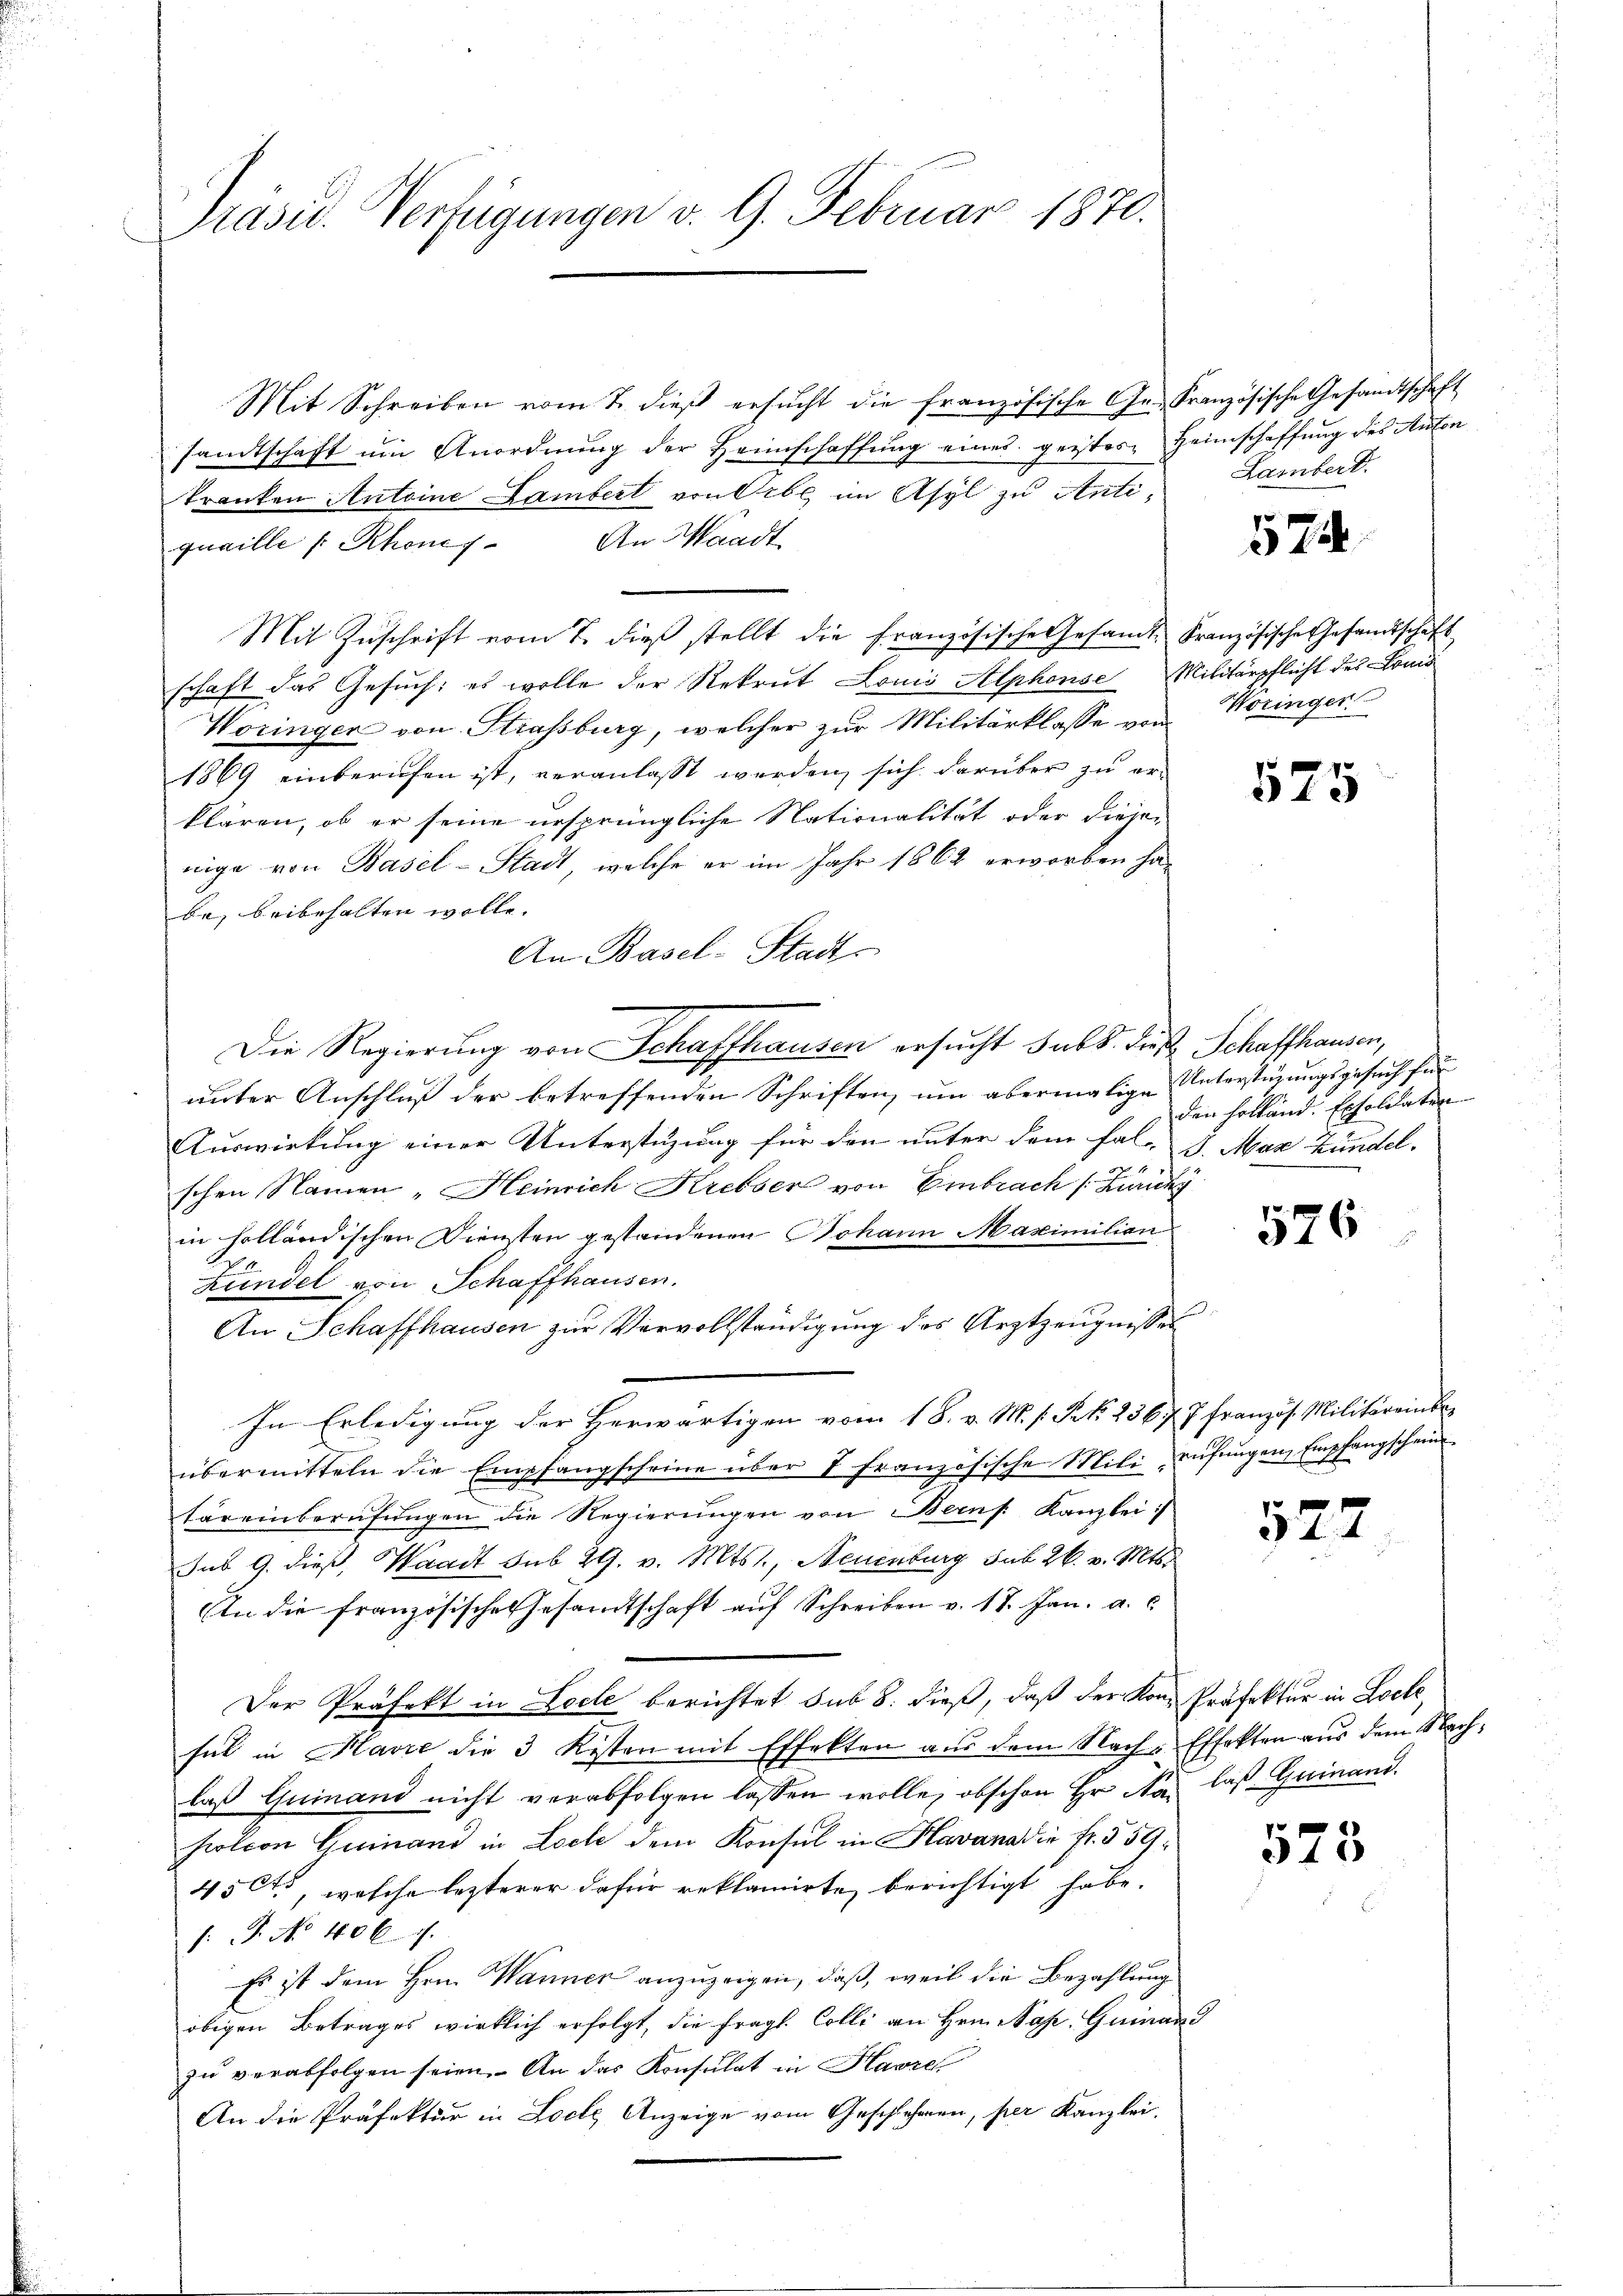
Präsid. Verfügungen v. 9. Februar 1870.

Mit Schreiben vom 7. dieβ ersŭcht die französische Ge- Französische Gesandtschaft
sandtschaft ŭm Anordnŭng der Heimschaffŭng eines geistes Heimschaffung des Anton
kranken Antoine Lambert von Orbl, im Asyl zu Anti¬
An Waadt
quaille (Rhone
Mit Zŭschrift vom 7. dieβ stellt die Französische Gesamt Französische Gesandtschaft
schaft das Gesuch: es wolle der Rekrut Louis Alphonse Militärpflicht des Lond
Woringer von Strassburg, welcher zur Militärklasse von Woringer
1869 einberufen ist, veranlasst werden, sich darüber zu erklären, ob er seine ursprüngliche Nationalität oder diese-
nige von Basel-Stadt, welche er im Jahr 1862 erworben ha-
be, beibehalten wolle.
An Basel-Stadt
unter Anschluß der betreffenden Schriften, um abermalige Unterstüzungsgesuch für
Auswirkung einer Unterstüzung für den unter dem Fal- J. Max Zündel,
schen Namen „Heinrich Krebser von Embrach Zurückg
in holländischen Diensten gestandenen Johann Maximilien
Kundel von Schaffhausen.
An Schaffhausen zur Vervollständigung des Arztzeugnisses
In Erledigung der Herwärtigen vom 18. v. M. s. Frk. 236. 77 französ. Militäreinsc
übermitteln die Empfangscheine über 1 französische Milirüfŭngen Empfangschein
tareinberufungen die Regierungen von Berns. Kanzlei
sub 9. dieß, Waadt sub 29. v. Mts., Neuenburg sub 26. v. Mts.
An die französische Gesandtschaft auf Schreiben v. 17. Jan. a. c.
Der Präfekt in Loche berichtet sub 8. dieß, daß der Kon-Präfektur in Locke
sal in Havre die 3 Kosten mit Effekten aus dem Nach-Effekten aus dem Nachlaß Guinand nicht verabfolgen lassen wolle, obschon Hr. Na, last Guinand.
fotion Geinand in Loch dem Konsul in Havana die fr. 559
450t, welche lezterer dafür reklamirte berichtigt habe.
: No 406.
Es ist dem Hrn. Wanner anzuzeigen, daß, weil die Bezahlung
obigen Betrages wirklich erfolgt, die fragl. Colle an Hrn. Nap. Guinan
zu verabfolgen seien. An das Konsulat in Havre
An die Präfektur in Loche Anzeige vom Geschlehren, per Kanzlei.

Die Regierung von Schaffhausen ersucht sub. Diese Schaffhausen,

Lambert.

574

575

den Holland. Exsoldaten

526

527

575